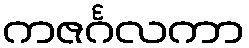
ကဇင်္ဂလကာ